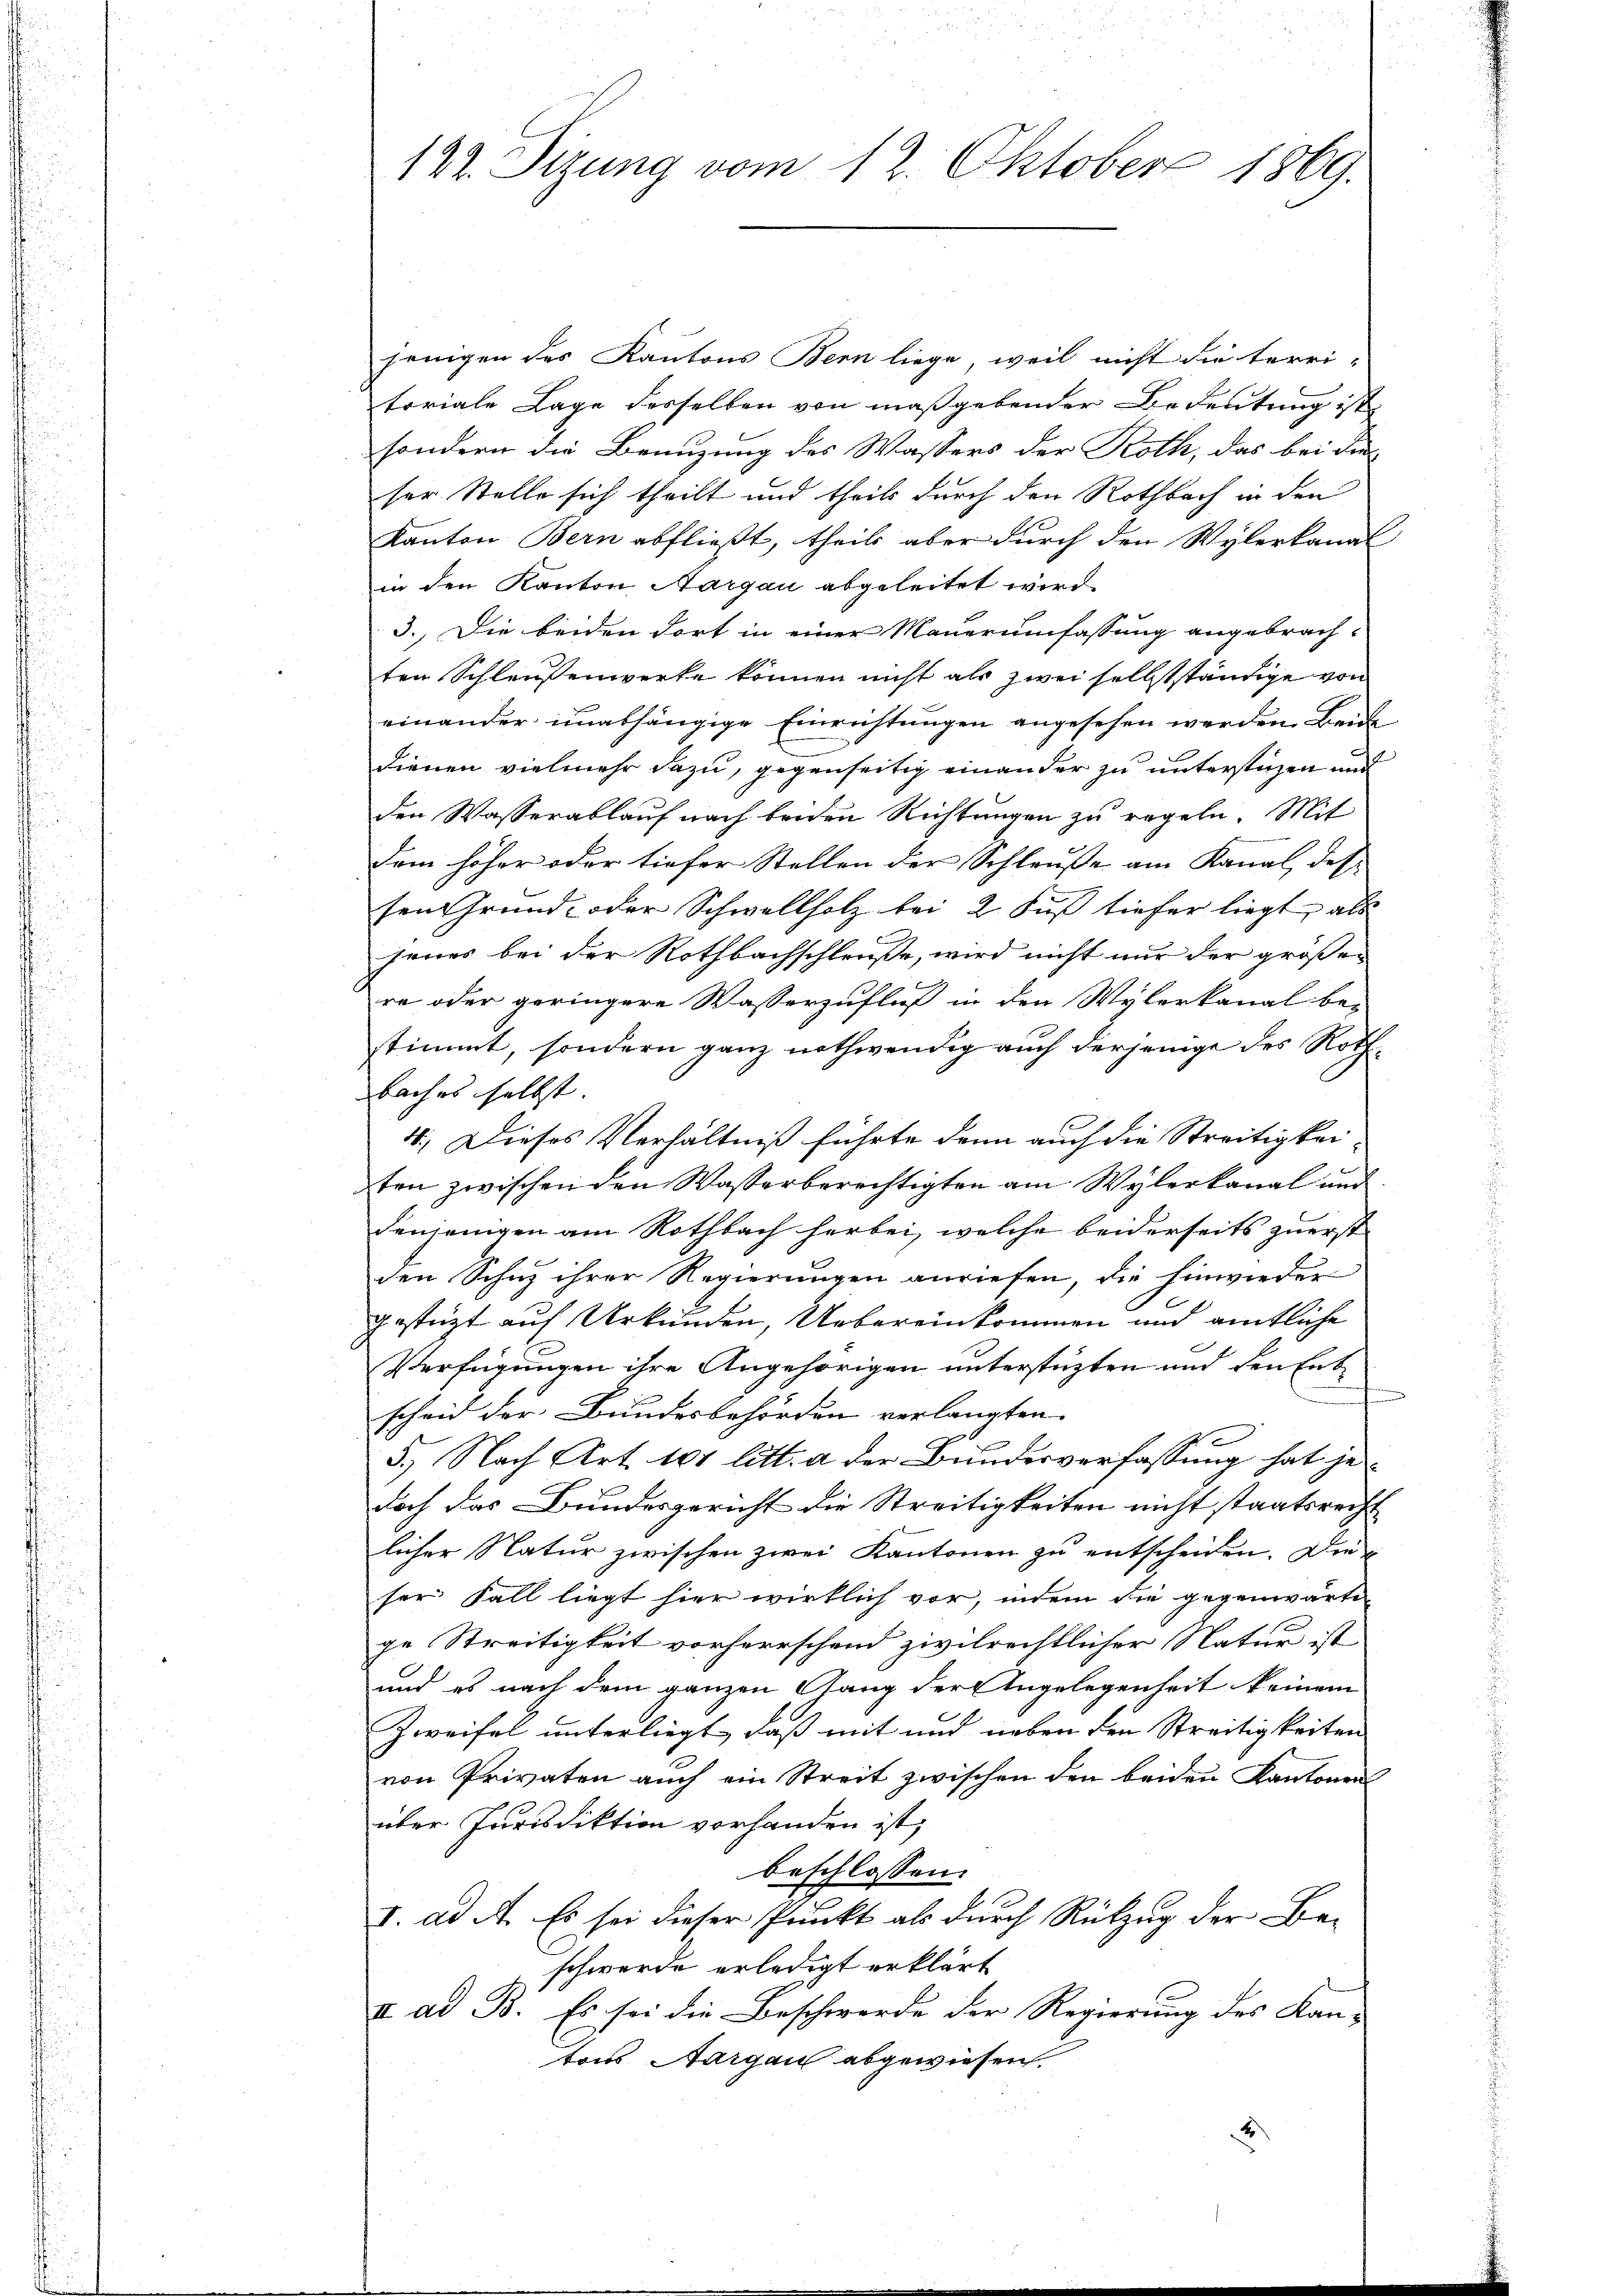
jenigen des Kantons Bern liege, weil nicht die terri-
toriale Lage desselben von maßgebender Bedeutung ist
sondern die Benuzung des Wassers der Roth, das bei die
ser Stelle sich theilt und theils durch den Rothbach in den
Kanton Bern abfließt, theils aber durch den Wylerkanal
in den Kanton Aargau abgeleitet wird.
3. Die beiden dort in einer Mauerumfassung angebrach-
ten Schleußenwerke können nicht als zwei selbstständige von
einander unabhängige Einrichtungen angesehen werden. Beid
dienen vielmehr dazu, gegenseitig einander zu unterstüzen und
den Wasserablauf nach beiden Richtungen zu regeln. Mit
dem höher oder tiefer Stellen der Schleuße am Kanal des
sen Grund- oder Schwellholz bei 2 Fuß tiefer liegt, als
jenes bei der Rothbachschleuße, wird nicht nur der großen
re oder geringere Wasserzufluß in den Wylerkanal be-
stimmt, sondern ganz nothwendig auch derjenige des Rothbach es selbst
4.) Dieses Verhältniß führte dann auch die Streitigkeiten zwischen den Wasserberechtigten am Wylerkanal und
denjenigen am Rothbach herbei, welche beiderseits zuerst
den Schuz ihrer Regierungen anriefen, die hinwieder
gestüzt auf Urkunden, Uebereinkommen und amtliche
Verfügungen ihre Angehörigen unterstüzten und den Entscheid der Bundesbehörden verlangten
5.) Nach Art. 161 litt. a der Bundesverfassung hat jedoch das Bundesgericht die Streitigkeiten nicht staatsrecht
licher Natur zwischen zwei Kantonen zu entscheiden. Die
ser Fall liegt hier wirklich vor, indem die gegenwärti-
ge Streitigkeit vorherrschend zivilrechtlicher Natur ist
und es nach dem ganzen Gang der Angelegenheit keinem
Zweifel unterliegt, daß mit und neben den Streitigkeiten
von Privaten auch ein Streit zwischen den beiden Kantonen
über Jurisdiktion vorhanden ist,
beschlossen:
I. ad A. Es sei dieser Punkt als durch Rükzug der Be-
schwerde erledigt erklärt
I. ad B. Es sei die Beschwerde der Regierung des Kan-
tons Aargau abgewiesen.

122. Sizung vom 12. Oktober 1869.